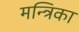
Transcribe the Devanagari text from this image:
मन्त्रिका